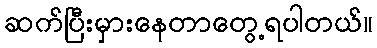
ဆက်ပြီးမှားနေတာတွေ့ရပါတယ်။